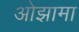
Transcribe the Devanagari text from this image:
ओझामा